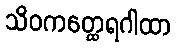
သိဝကတ္ထေရဂါထာ